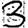
Digit: 3